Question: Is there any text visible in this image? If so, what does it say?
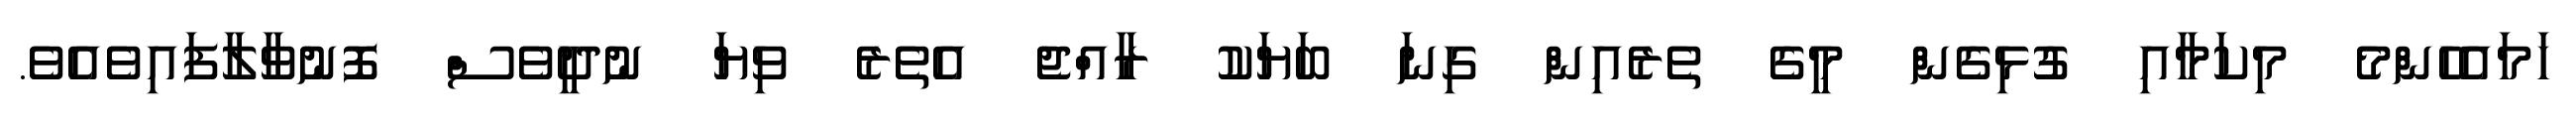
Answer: ހަމައެހެންމެ މިކަމާއި ގުޅިގެން މީގެ ތެރެއިން ގިނަ ބަޔަކު ރާއްޖެ އެތެރެ ވިޔަ ނުދީވެސް ފޮނުވާލާފައިވެއެވެ.